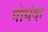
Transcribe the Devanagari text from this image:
गोयंदा